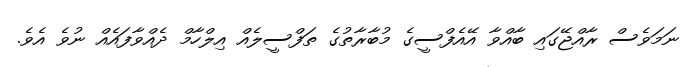
ނަމަވެސް ރާއްޖޭގައި ބާއްވާ އޭއެފްސީގެ މުބާރާތުގެ ތަފްސީލެއް އިލްހާމް ދެއްވާފައެއް ނުވެ އެވެ.